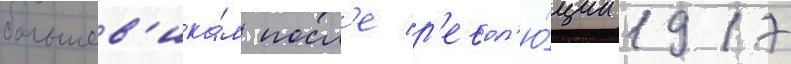
большев'ика́м посл'е р'евол'ю́ции 1917